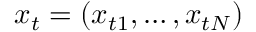
x _ { t } = ( x _ { t 1 } , \dots , x _ { t N } )